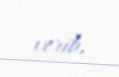
verib.